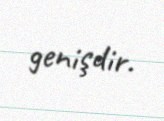
genişdir.